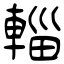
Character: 輜